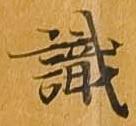
識